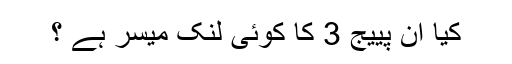
کیا ان پییج 3 کا کوئی لنک میسر ہے ؟